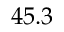
4 5 . 3